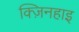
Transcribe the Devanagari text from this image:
क्ज़िनहाइ